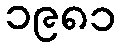
၁၉၈၁